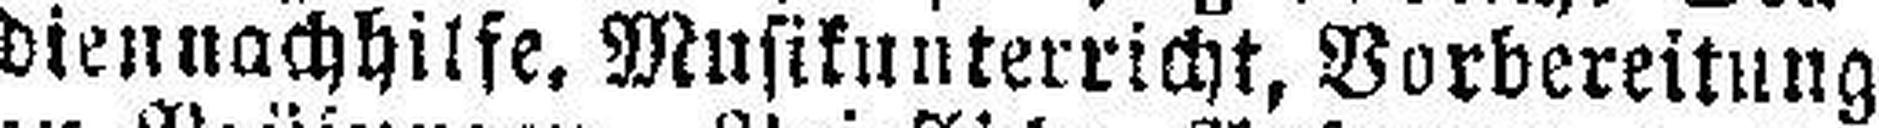
diennachhilfe, Musikunterricht, Vorbereitung